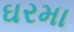
ઘરમા